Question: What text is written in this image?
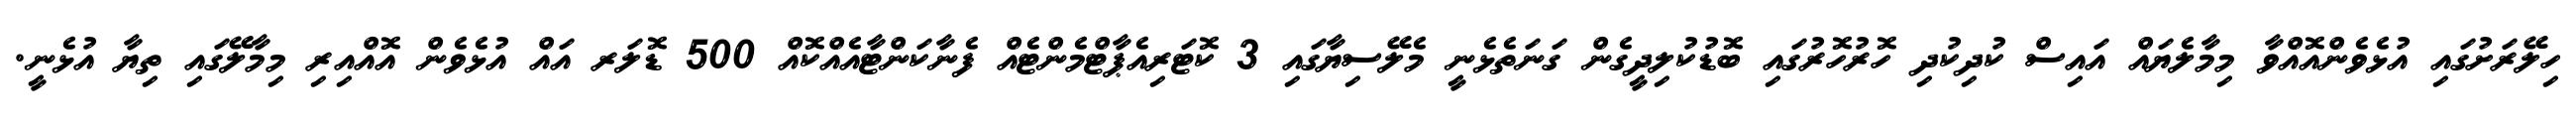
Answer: ހިލޭރަށުގައި އުޅެވެންއޮއްވާ މިމާލެޔައް އައިސް ކުދިކުދި ހޮރުހޮރުގައި ބޮޑުކުލިދީގެން ގަނަތެޅެނީ މެލޭސިޔާގައި 3 ކޮޓަރިއެޕާޓްމެންޓެއް ފެނާކަންޓާއެއްކޮއް 500 ޑޮލަރ އައް އުޅެވެން އޮއްއިރި މިމާލޭގައި ތިޔާ އުޅެނީ.